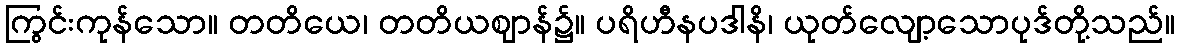
ကြွင်းကုန်သော။ တတိယေ၊ တတိယဈာန်၌။ ပရိဟီနပဒါနိ၊ ယုတ်လျော့သောပုဒ်တို့သည်။